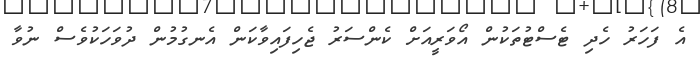
އެ ފަހަރު ހެދި ޓެސްޓުތަކުން އޯވަރީއަށް ކެންސަރު ޖެހިފައިވާކަން އެނގުމުން ދުވަހަކުވެސް ނުވާ